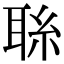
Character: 𦕱